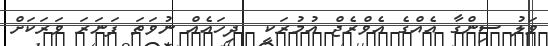
ވަލު ސިންގާ އެއްގެ އެވްރެޖް އުމުރަކީ  ދިހައެއް ނުވަތަ ފަނަރަ ވަރަކަށް